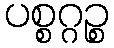
ပစ္စဂ္ဂဉ္စ